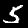
Digit: 5